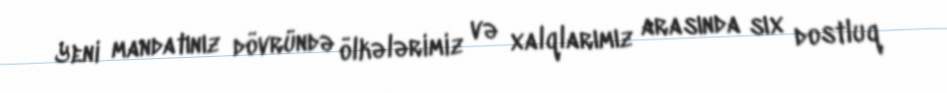
Yeni mandatınız dövründə ölkələrimiz və xalqlarımız arasında sıx dostluq